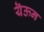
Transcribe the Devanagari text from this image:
यॆऊन